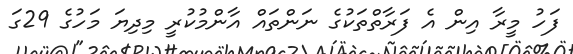
ފަހު މީރާ އިން އެ ފަރާތްތަކުގެ ނަންތައް އާންމުކުރީ މިދިޔަ މަހުގެ 29ގަ